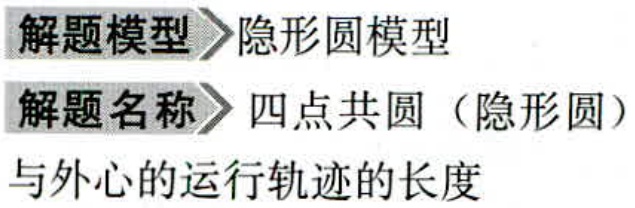
解题模型 隐形圆模型
解题名称 四点共圆（隐形圆）
与外心的运行轨迹的长度